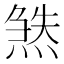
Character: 𬊹